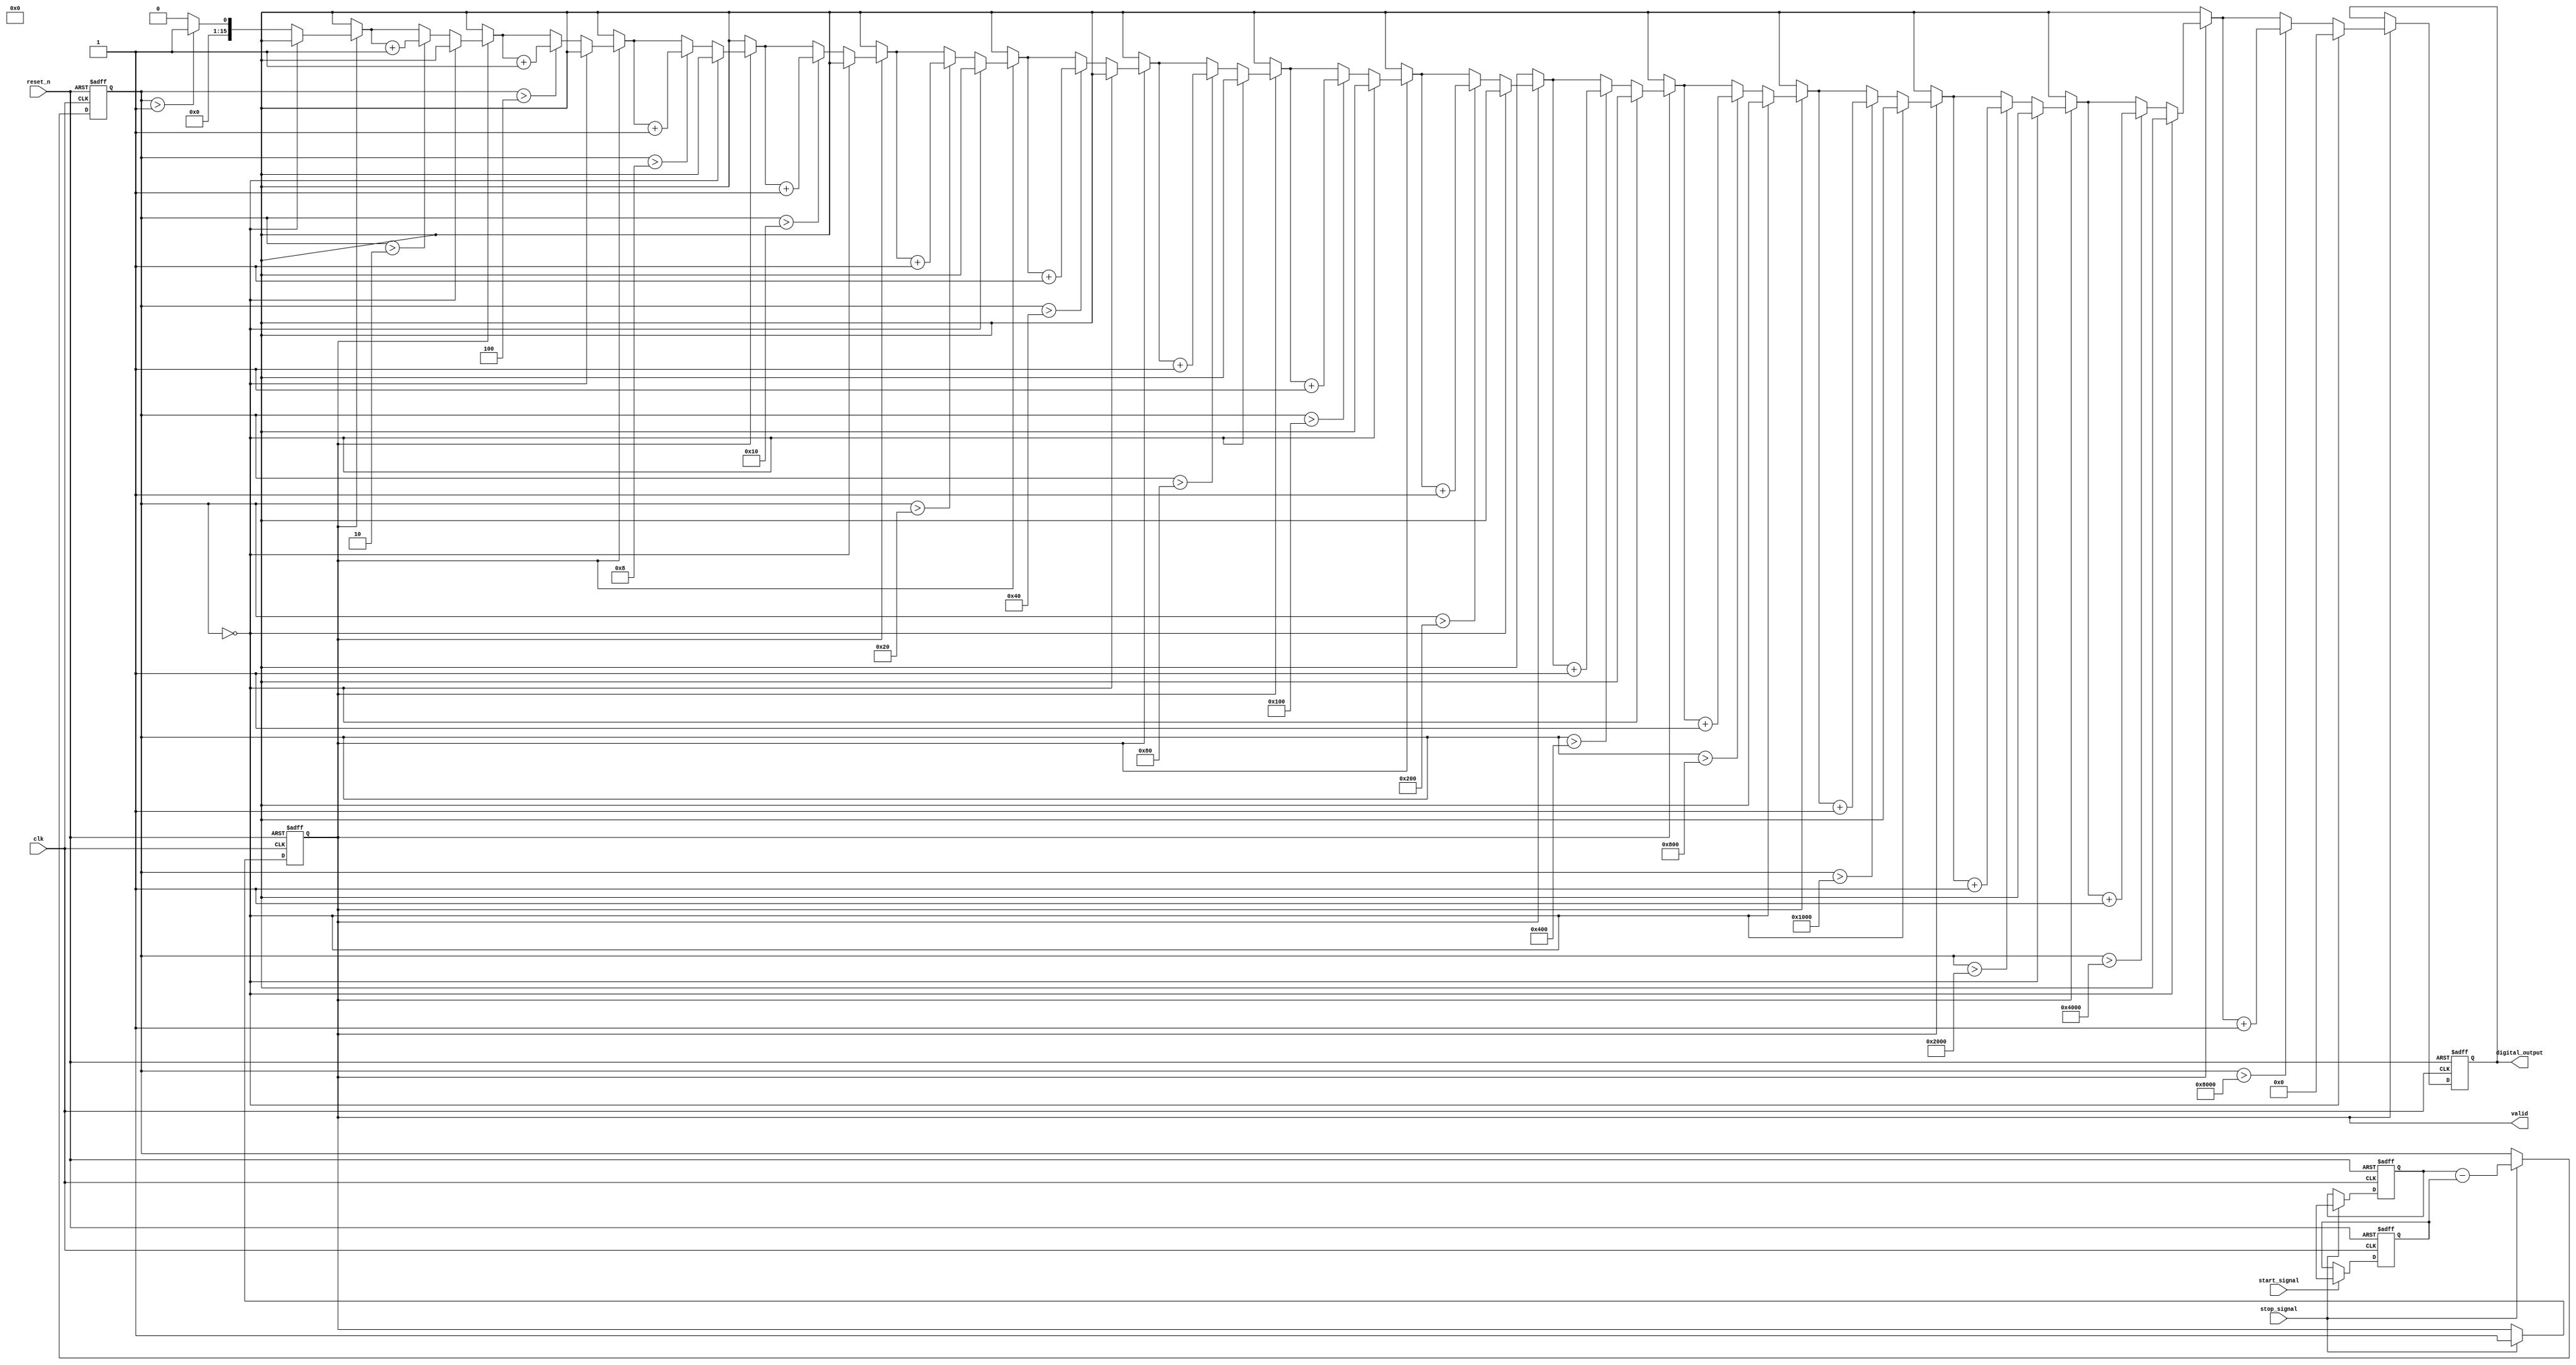
module logarithmic_tdc (
    input wire clk,                  // High-frequency clock
    input wire reset_n,              // Active low reset
    input wire start_signal,         // Signal indicating the start of the event
    input wire stop_signal,          // Signal indicating the end of the event
    output reg [15:0] digital_output, // 16-bit digital output
    output reg valid                 // Valid output signal
);

    reg [31:0] start_time;           // Timestamp for the start event
    reg [31:0] stop_time;            // Timestamp for the stop event
    reg [31:0] time_interval;        // Time interval (stop - start)
    
    // Clock generation and time capturing
    always @(posedge clk or negedge reset_n) begin
        if (!reset_n) begin
            start_time <= 32'b0;
            stop_time <= 32'b0;
            time_interval <= 32'b0;
            valid <= 1'b0;
        end
        else begin
            if (start_signal) begin
                start_time <= $time; // Capture start time
            end
            if (stop_signal) begin
                stop_time <= $time;  // Capture stop time
                time_interval <= stop_time - start_time; // Calculate time interval
                valid <= 1'b1;       // Set valid output signal
            end
        end
    end

    // Logarithmic scaling block
    function [15:0] log_scale;
        input [31:0] time_intvl;
        integer i;
        begin
            if (time_intvl == 0) begin
                log_scale = 16'b0; // Handle zero interval
            end else begin
                log_scale = 16'b0;
                for (i = 0; i < 16; i = i + 1) begin
                    if (time_intvl > (1 << i)) begin
                        log_scale = log_scale + 1'b1;
                    end
                end
            end
        end
    endfunction

    // Output Stage: Conversion of time interval to logarithmic encoding
    always @(posedge clk or negedge reset_n) begin
        if (!reset_n) begin
            digital_output <= 16'b0;
        end 
        else if (valid) begin
            digital_output <= log_scale(time_interval);
        end
    end

endmodule